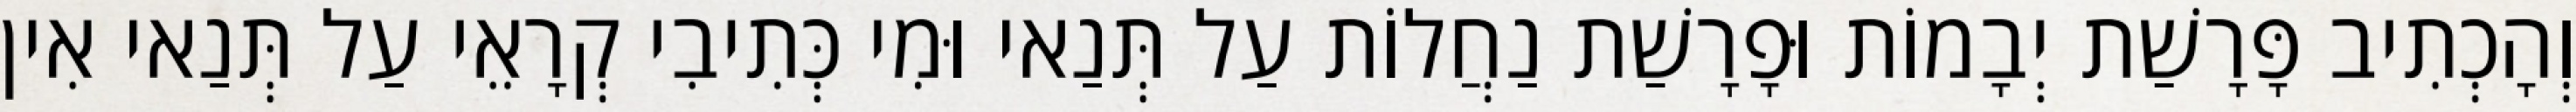
וְהָכְתִיב פָּרָשַׁת יְבָמוֹת וּפָרָשַׁת נַחֲלוֹת עַל תְּנַאי וּמִי כְּתִיבִי קְרָאֵי עַל תְּנַאי אִין